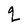
Character: q